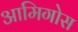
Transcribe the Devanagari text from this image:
आमिगोस